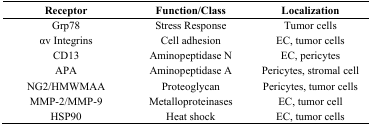
| Receptor | Function/Class | Localization |
 | --- | --- | --- |
 | Grp78 | Stress Response | Tumor cells |
 | αv Integrins | Cell adhesion | EC, tumor cells |
 | CD13 | Aminopeptidase N | EC, pericytes |
 | APA | Aminopeptidase A | Pericytes, stromal cell |
 | NG2/HMWMAA | Proteoglycan | Pericytes, tumor cells |
 | MMP-2/MMP-9 | Metalloproteinases | EC, tumor cell |
 | HSP90 | Heat shock | EC, tumor cells |